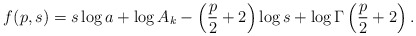
\begin{align*}f(p,s) = s\log a+\log A_k-\left(\frac{p}{2}+2\right)\log s + \log \Gamma\left(\frac{p}{2}+2\right).\end{align*}